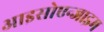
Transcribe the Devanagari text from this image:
आइसोएन्जाइम